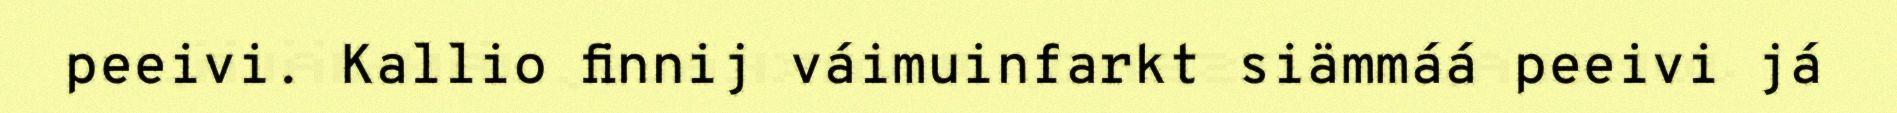
peeivi. Kallio finnij váimuinfarkt siämmáá peeivi já